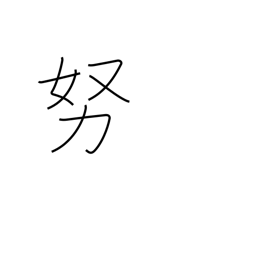
Meaning: as much as possible